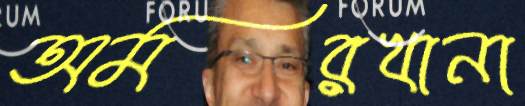
অমরখানা